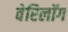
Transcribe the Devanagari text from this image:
वेरिलॉग